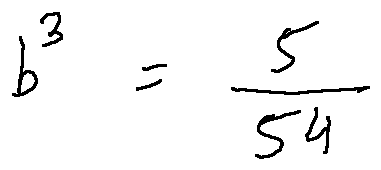
b ^ { 3 } = \frac { 5 } { 5 4 }